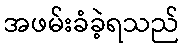
အဖမ်းခံခဲ့ရသည်